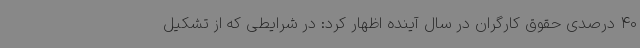
40 درصدی حقوق کارگران در سال آینده اظهار کرد: در شرایطی که از تشکیل